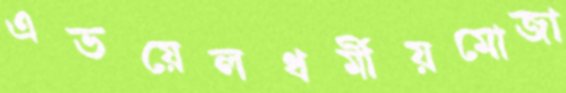
এভয়েলধর্মীয়মোজা